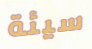
سيئة